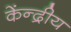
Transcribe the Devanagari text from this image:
केंन्‍द्रीय